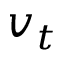
v _ { t }